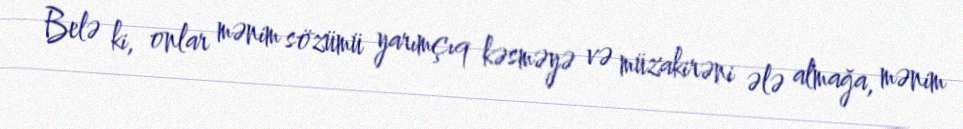
Belə ki, onlar mənim sözümü yarımçıq kəsməyə və müzakirəni ələ almağa, mənim